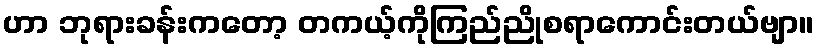
ဟာ ဘုရားခန်းကတော့ တကယ့်ကိုကြည်ညိုစရာကောင်းတယ်ဗျာ။